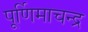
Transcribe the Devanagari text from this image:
पूर्णिमाचन्द्र